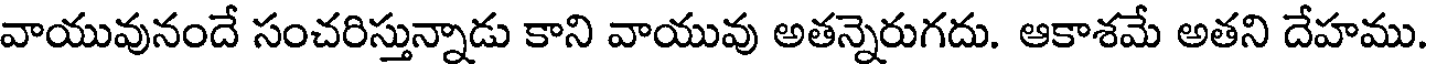
వాయువునందే సంచరిస్తున్నాడు కాని వాయువు అతన్నెరుగదు. ఆకాశమే అతని దేహము.